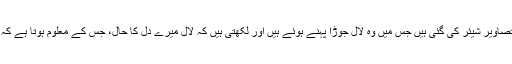
اداکارہ کی جانب سے انسٹاگرام پر کچھ تصاویر شیئر کی گئی ہیں جس میں وہ لال جوڑا پہنے ہوئے ہیں اور لکھتی ہیں کہ لال میرے دل کا حال، جس کے معلوم ہوتا ہے کہ اداکارہ کا پسندیدہ رنگ بھی لال ہی ہے۔